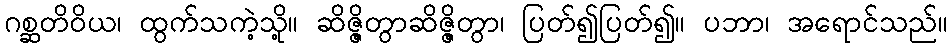
ဂစ္ဆတိဝိယ၊ ထွက်သကဲ့သို့။ ဆိဇ္ဇိတွာဆိဇ္ဇိတွာ၊ ပြတ်၍ပြတ်၍။ ပဘာ၊ အရောင်သည်။